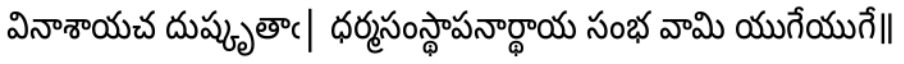
వినాశాయచ దుష్కృతాఁ| ధర్మసంస్థాపనార్థాయ సంభ వామి యుగేయుగే॥